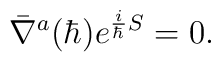
\bar{\nabla}^a(\hbar)e^{{i\over\hbar}S}=0.